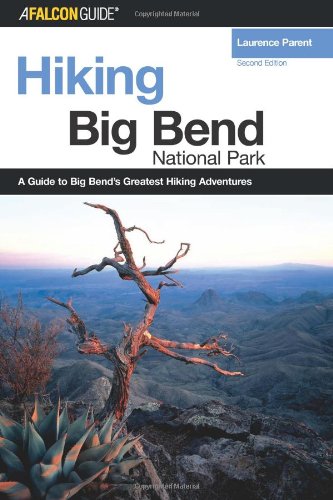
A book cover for Hiking Big Bend National Park, 2nd (Regional Hiking Series); Laurence Parent; Travel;